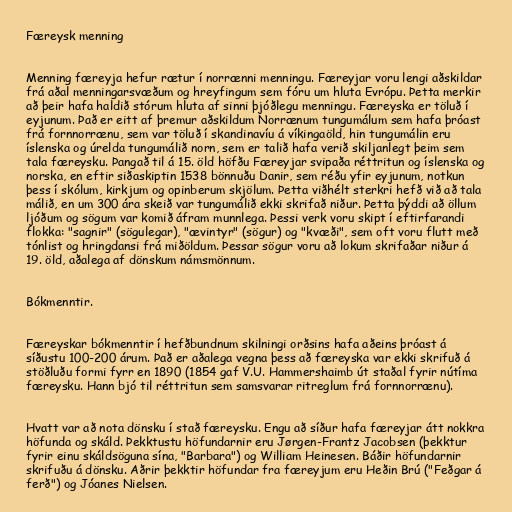
Færeysk menning

Menning færeyja hefur rætur í norrænni menningu. Færeyjar voru lengi aðskildar
frá aðal menningarsvæðum og hreyfingum sem fóru um hluta Evrópu. Þetta merkir
að þeir hafa haldið stórum hluta af sinni þjóðlegu menningu. Færeyska er töluð í
eyjunum. Það er eitt af þremur aðskildum Norrænum tungumálum sem hafa þróast
frá fornnorrænu, sem var töluð í skandinavíu á víkingaöld, hin tungumálin eru
íslenska og úrelda tungumálið norn, sem er talið hafa verið skiljanlegt þeim sem
tala færeysku. Þangað til á 15. öld höfðu Færeyjar svipaða réttritun og íslenska og
norska, en eftir siðaskiptin 1538 bönnuðu Danir, sem réðu yfir eyjunum, notkun
þess í skólum, kirkjum og opinberum skjölum. Þetta viðhélt sterkri hefð við að tala
málið, en um 300 ára skeið var tungumálið ekki skrifað niður. Þetta þýddi að öllum
ljóðum og sögum var komið áfram munnlega. Þessi verk voru skipt í eftirfarandi
flokka: "sagnir" (sögulegar), "ævintyr" (sögur) og "kvæði", sem oft voru flutt með
tónlist og hringdansi frá miðöldum. Þessar sögur voru að lokum skrifaðar niður á
19. öld, aðalega af dönskum námsmönnum.

Bókmenntir.

Færeyskar bókmenntir í hefðbundnum skilningi orðsins hafa aðeins þróast á
síðustu 100-200 árum. Það er aðalega vegna þess að færeyska var ekki skrifuð á
stöðluðu formi fyrr en 1890 (1854 gaf V.U. Hammershaimb út staðal fyrir nútíma
færeysku. Hann bjó til réttritun sem samsvarar ritreglum frá fornnorrænu).

Hvatt var að nota dönsku í stað færeysku. Engu að síður hafa færeyjar átt nokkra
höfunda og skáld. Þekktustu höfundarnir eru Jørgen-Frantz Jacobsen (þekktur
fyrir einu skáldsöguna sína, "Barbara") og William Heinesen. Báðir höfundarnir
skrifuðu á dönsku. Aðrir þekktir höfundar fra færeyjum eru Heðin Brú ("Feðgar á
ferð") og Jóanes Nielsen.